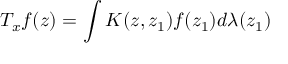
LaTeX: T _ { x } f ( z ) = \int K ( z , z _ { 1 } ) f ( z _ { 1 } ) d \lambda ( z _ { 1 } )